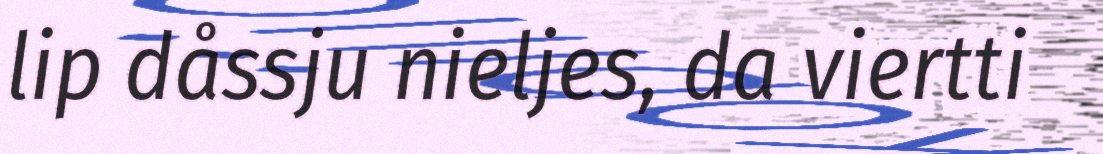
lip dåssju nieljes, da viertti